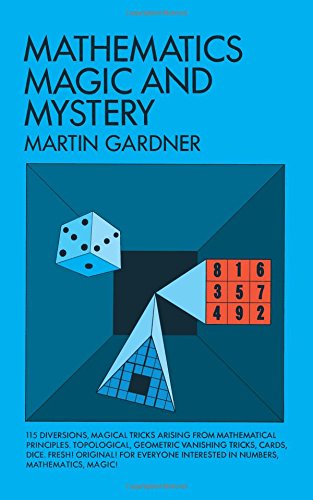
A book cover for Mathematics, Magic and Mystery (Dover Recreational Math); Martin Gardner; Humor & Entertainment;